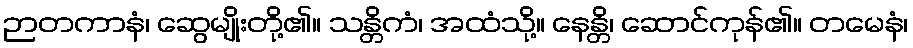
ဉာတကာနံ၊ ဆွေမျိုးတို့၏။ သန္တိကံ၊ အထံသို့။ နေန္တိ၊ ဆောင်ကုန်၏။ တမေနံ၊